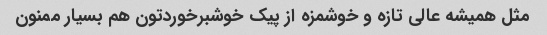
مثل همیشه عالی تازه و خوشمزه از پیک خوشبرخوردتون هم بسیار ممنون